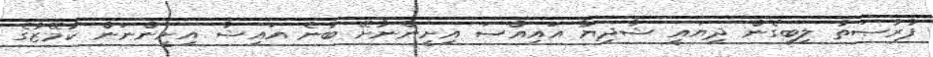
ފުރުޞަތު ލިބިގެން ދިޔައީ ޝާދިޔާ އައިއްސަ އިށީންނާށޭ ބުނެ އައިޝާ އިށީންނަން ކާމޭޒުގެ